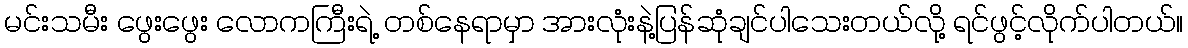
မင်းသမီး ဖွေးဖွေး လောကကြီးရဲ့ တစ်နေရာမှာ အားလုံးနဲ့ပြန်ဆုံချင်ပါသေးတယ်လို့ ရင်ဖွင့်လိုက်ပါတယ်။